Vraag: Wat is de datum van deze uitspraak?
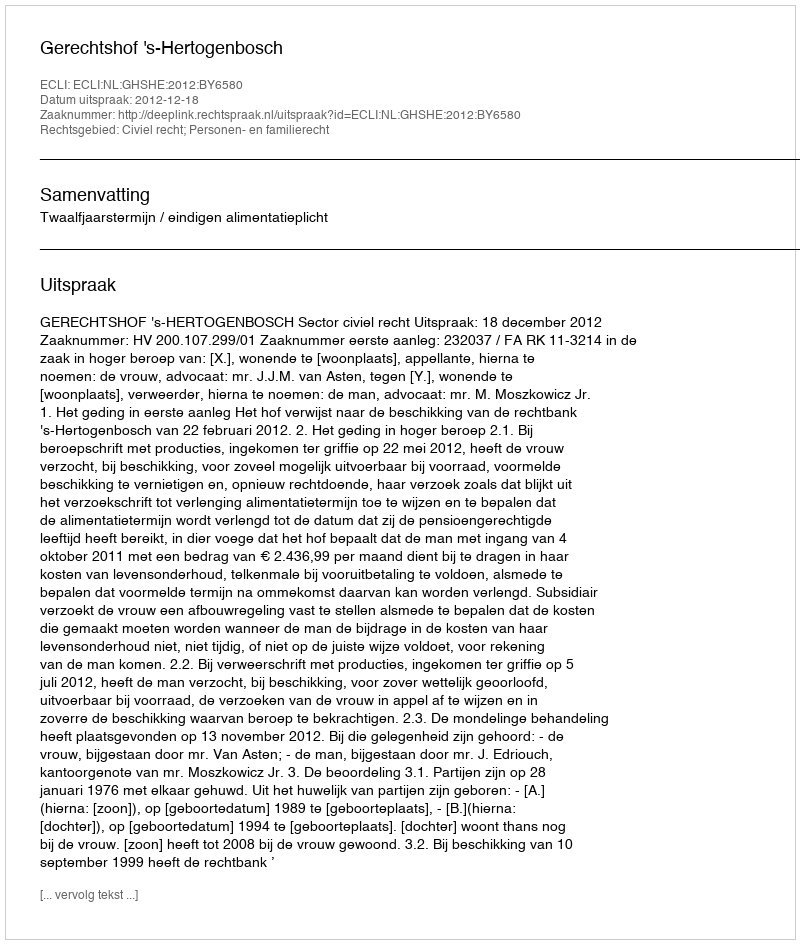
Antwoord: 2012-12-18